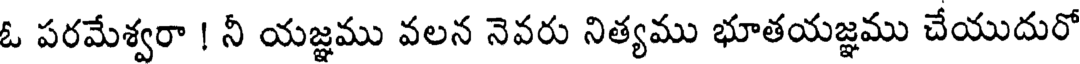
ఓ పరమేశ్వరా ! నీ యజ్ఞము వలన నెవరు నిత్యము భూతయజ్ఞము చేయుదురో